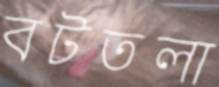
বটতলা